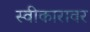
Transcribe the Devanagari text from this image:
स्वीकारावर